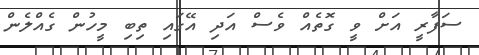
ސަފާރީ އަށް ވީ ގޮތެއް ވެސް އަދި އޭގައި ތިބި މީހުން ގެއްލެން